Vaccination in Bombay 1874-1876 - 1874-1876
Year: 1874
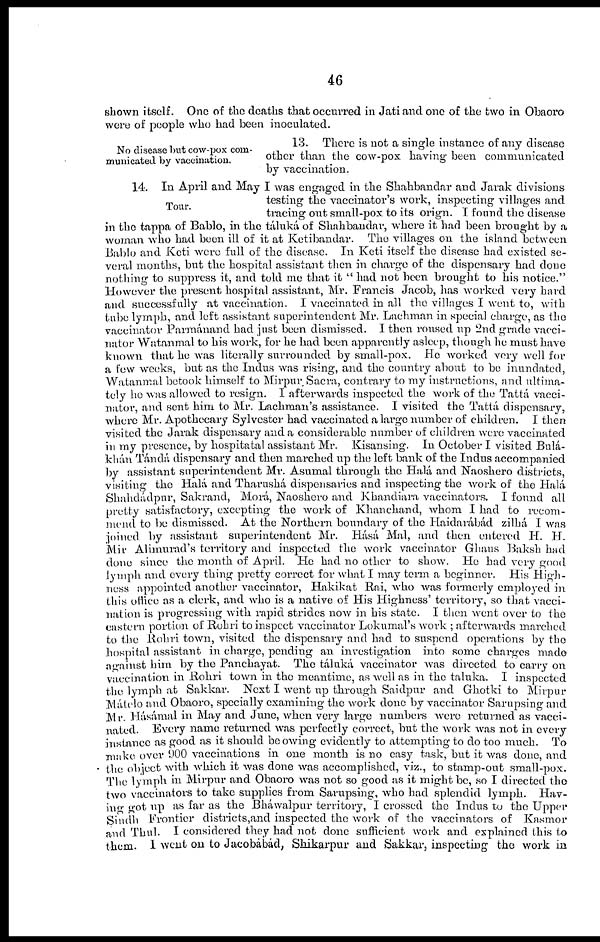
46
shown itself. One of the deaths that occurred in Jati and one of the two in Obaoro
were of people who had been inoculated.
No disease but cow-pox com-
municated by vaccination.
13. There is not a single instance of any disease
other than the cow-pox having been communicated
by vaccination.
Tour.
14. In April and May I was engaged in the Shahbandar and Jarak divisions
testing the vaccinator's work, inspecting villages and
tracing out small-pox to its orign. I found the disease
in the tappa of Bablo, in the táluká of Shahbandar, where it had been brought by a
woman who had been ill of it at Ketibandar. The villages on the island between
Bable and Keti were full of the disease. In Keti itself the disease had existed se-
veral months, but the hospital assistant then in charge of the dispensary had done
nothing to suppress it, and told me that it " had not been brought to his notice."
However the present hospital assistant, Mr. Francis Jacob, has worked very hard
and successfully at vaccination. I vaccinated in all the villages I went to, with
tube lymph, and left assistant superintendent Mr. Lachman in special charge, as the
vaccinator Parmánand had just been dismissed. I then roused up 2nd grade vacci¬
nator Watanmal to his work, for he had been apparently asleep, though he must have
known that he was literally surrounded by small-pox. He worked very well for
a few weeks, but as the Indus was rising, and the country about to be inundated,
Watanmal betook himself to Mirpur Sacra, contrary to my instructions,and ultima¬
tely he was allowed to resign. I afterwards inspected the work of the Tattá vacci-
nator, and sent him to Mr. Lachman's assistance. I visited the Tattá dispensary,
where Mr. Apothecary Sylvester had vaccinated a large number of children. I then
visited the Jarak dispensary and a considerable number of children were vaccinated
in my presence, by hospitatal assistant Mr. Kisansing. In October I visited Bulá¬
khán Tándá dispensary and then marched up the left bank of the Indus accompanied
by assistant superintendent Mr. Asumal through the Halá and Naoshero districts,
visiting the Halá and Tharushá dispensaries and inspecting the work of the Hala
Shahdadpnr, Sakrand, Morá, Naoshero and Khandiara vaccinators. I found all
pretty satisfactory, excepting the work of Khanchand, whom I had to recom
mend to be dismissed. At the Northern boundary of the Haidarábád zilhá I was
joined by assistant superintendent Mr. Hásá Mal, and then entered H. H
Mir Alimurad's territory and inspected the work vaccinator Ghaus Bakshlr had
done since the month of April. He had no other to show. He had very good
lymph and every thing pretty correct for what I may term a beginner. His High-
ness appointed another vaccinator, Hakikat Rai, who was formerly employed in
this office as a clerk, and who is a native of His Highness' territory, so that vacci
nation is progressing with rapid strides now in his state. I then went over to the
eastern portion of Rohri to inspect vaccinator Lokumal's work ; afterwards marched
to the Rohri town, visited the dispensary and had to suspend operations by the
hospital assistant in charge, pending an investigation into some charges made
against him by the Panchayat. The táluká vaccinator was directed to carry on
vaccination in Rohri town in the meantime, as well as in the taluka. I inspected
the lymph at Sakkar. Next I went up through Saidpur and Ghotki to Mirpur
Mátelo and Obaoro, specially examining the work done by vaccinator Sarupsin"- and
Mr. Hásámal in May and June, when very large numbers were returned as vacci
nated. Every name returned was perfectly correct, but the work was not in every
instance as good as it should be owing evidently to attempting to do too much. To
make over 900 vaccinations in one month is no easy task, but it was done, and
the object with which it was done was accomplished, viz., to stamp-out small-pox.
The lymph in Mirpur and Obaoro was not so good as it might be, so I directed the
two vaccinators to take supplies from Sarupsing, who had splendid lymph. Hav-
ing got up as far as the Bháwalpur territory, I crossed the Indus to the Upper
Sindh Frontier districts,and inspected the work of the vaccinators of Kasmor
and Thul. I considered they had not done sufficient work and explained this to
them. I went on to Jacobabad, Shikarpur and Sakkar, inspecting the work in